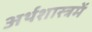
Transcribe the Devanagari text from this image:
अर्थशास्त्रमें